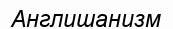
Англишанизм